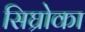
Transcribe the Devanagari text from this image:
सिघ्रोका